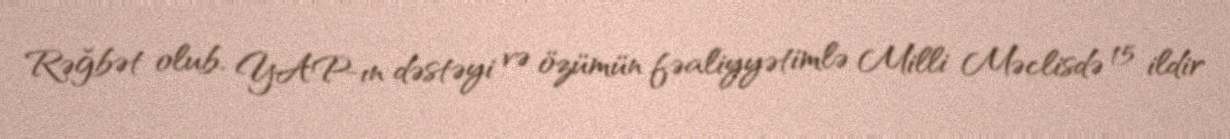
Rəğbət olub, YAP-ın dəstəyi və özümün fəaliyyətimlə Milli Məclisdə 15 ildir